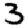
Digit: 3